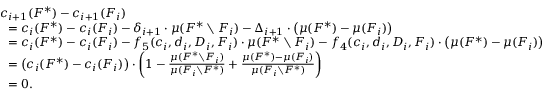
\begin{array} { r l } & { c _ { i + 1 } ( F ^ { * } ) - c _ { i + 1 } ( F _ { i } ) } \\ { } & { ~ ~ = c _ { i } ( F ^ { * } ) - c _ { i } ( F _ { i } ) - \delta _ { i + 1 } \cdot \mu ( F ^ { * } \setminus F _ { i } ) - \Delta _ { i + 1 } \cdot \big ( \mu ( F ^ { * } ) - \mu ( F _ { i } ) \big ) } \\ { } & { ~ ~ = c _ { i } ( F ^ { * } ) - c _ { i } ( F _ { i } ) - f _ { 5 } ( c _ { i } , d _ { i } , D _ { i } , F _ { i } ) \cdot \mu ( F ^ { * } \setminus F _ { i } ) - f _ { 4 } ( c _ { i } , d _ { i } , D _ { i } , F _ { i } ) \cdot \big ( \mu ( F ^ { * } ) - \mu ( F _ { i } ) \big ) } \\ { } & { ~ ~ = \big ( c _ { i } ( F ^ { * } ) - c _ { i } ( F _ { i } ) \big ) \cdot \left( 1 - \frac { \mu ( F ^ { * } \setminus F _ { i } ) } { \mu ( F _ { i } \setminus F ^ { * } ) } + \frac { \mu ( F ^ { * } ) - \mu ( F _ { i } ) } { \mu ( F _ { i } \setminus F ^ { * } ) } \right) } \\ { } & { ~ ~ = 0 . } \end{array}